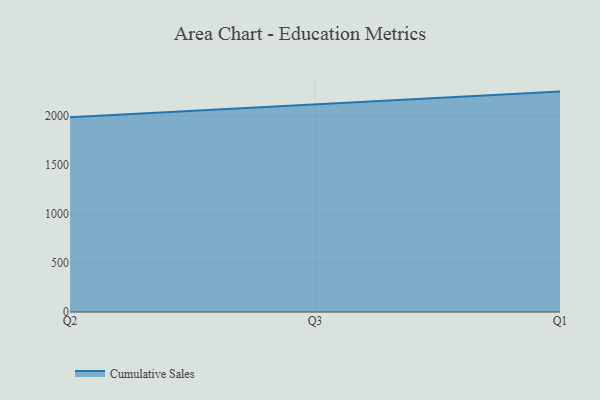
{"axis": {"x": "Quarter", "y": "Shipments"}, "legend": ["Cumulative Sales"], "data": [{"x": "Q2", "y": 1985.1, "type": "Cumulative Sales"}, {"x": "Q3", "y": 2119.2, "type": "Cumulative Sales"}, {"x": "Q1", "y": 2245.8, "type": "Cumulative Sales"}]}